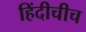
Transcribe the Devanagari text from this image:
हिंदीचीच